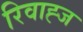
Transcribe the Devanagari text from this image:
रिवाह्ज